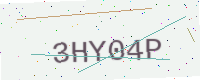
Text: 3HY04P